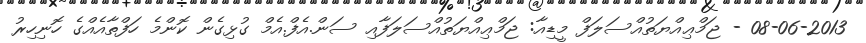
08-06-2013 - ޖަމްޢިއްޔަތުއްސަލަފް މީޑިއާ: ޖަމްޢިއްޔަތުއްސަލަފާއި ސަން.އެފް.އެމް ގުޅިގެން ކޮންމެ ހަފްތާއެއްގެ ހޮނިހިރު